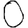
Digit: 0